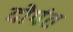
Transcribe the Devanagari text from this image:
दोपंत